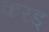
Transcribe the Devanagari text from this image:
करड्